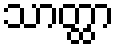
သာတ္ထာ